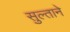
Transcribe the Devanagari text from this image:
सुल्ताने